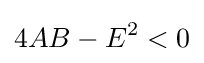
4AB-E^{2}<0